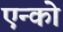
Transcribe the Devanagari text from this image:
एन्को